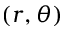
( r , \theta )